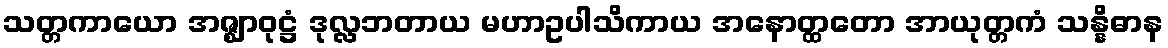
သတ္တကာယော အဇ္ဈာဝုဋ္ဌံ ဒုလ္လဘတာယ မဟာဥပါသိကာယ အနောတ္ထတော အာယုတ္တကံ သန္နိဓာန